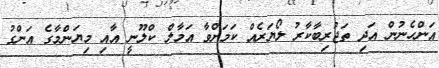
އަންހެނުން އަދި ތަޖުރިބާކާރު ލޯޔަރެއް ކަމަށްވާ އަމާލް ކްލޫނީ އާއި މިޔަންމާގެ އަންގު